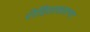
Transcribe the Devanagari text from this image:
रोहिताकारण्य